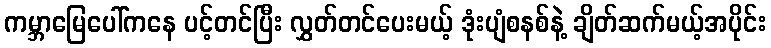
ကမ္ဘာမြေပေါ်ကနေ ပင့်တင်ပြီး လွှတ်တင်ပေးမယ့် ဒုံးပျံစနစ်နဲ့ ချိတ်ဆက်မယ့်အပိုင်း